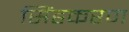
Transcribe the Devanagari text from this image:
सिंहकरण